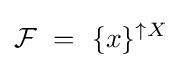
{\mathcal {F}}~=~\{x\}^{\uparrow X}